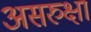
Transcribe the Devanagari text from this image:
असरुक्षा